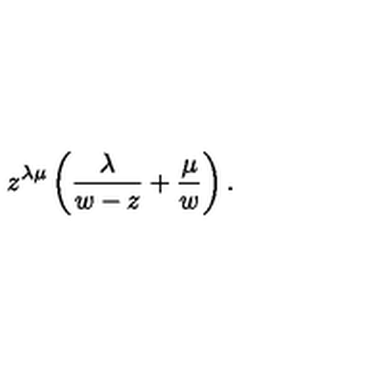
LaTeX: z ^ { \lambda \mu } \left( { \frac { \lambda } { w - z } } + { \frac { \mu } { w } } \right) .